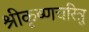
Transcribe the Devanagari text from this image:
श्रीकृष्णचरित्रु